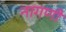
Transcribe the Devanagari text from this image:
नागणी